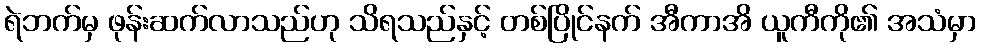
ရဲဘက်မှ ဖုန်းဆက်လာသည်ဟု သိရသည်နှင့် တစ်ပြိုင်နက် အီကာအိ ယူကီကို၏ အသံမှာ